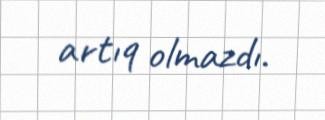
artıq olmazdı.